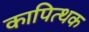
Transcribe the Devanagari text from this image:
कापित्थक